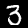
Label: 3